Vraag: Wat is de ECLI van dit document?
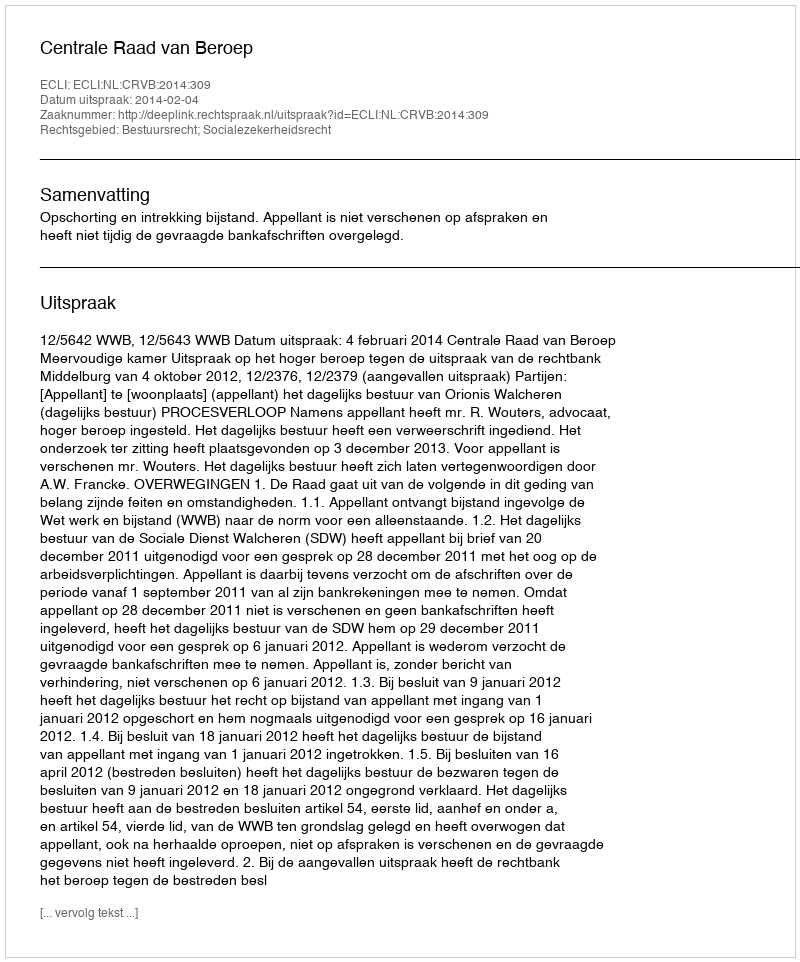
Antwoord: ECLI:NL:CRVB:2014:309